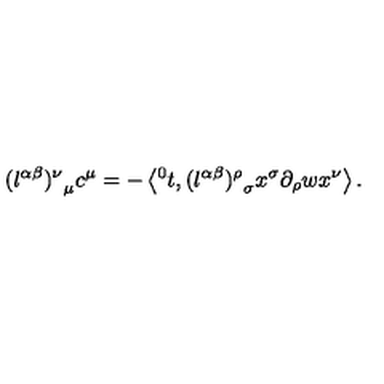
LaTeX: { ( l ^ { \alpha \beta } ) ^ { \nu } } _ { \mu } c ^ { \mu } = - \left\langle { ^ 0 t } , { ( l ^ { \alpha \beta } ) ^ { \rho } } _ { \sigma } x ^ { \sigma } \partial _ { \rho } w x ^ { \nu } \right\rangle .